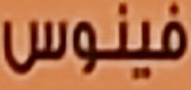
فينوس